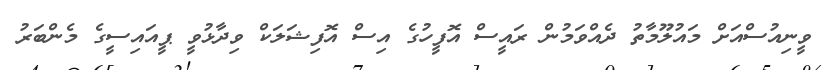
ވީނިއުސްއަށް މައުލޫމާތު ދެއްވަމުން ރައީސް އޮފީހުގެ އިސް އޮފިޝަލަކް ވިދާޅުވީ ޕީއައިސީގެ މެންބަރު